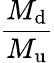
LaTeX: \frac{M_{\mathrm{d}}}{M_{\mathrm{u}}}